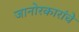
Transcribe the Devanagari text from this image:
जानोरकारांचे